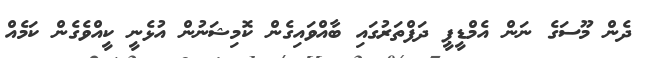
ދެން މޫސަގެ ނަން އެމްޑީޕީ ދަފްތަރުގައި ބާއްވައިގެން ކޮމިޝަނުން އުޅެނީ ކީއްވެގެން ކަމެއް